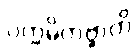
ပက္ကမိတဗ္ဗာတိ